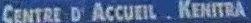
CENTRE D'ACCUEIL KEN